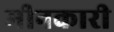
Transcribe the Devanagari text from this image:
मीनकारी